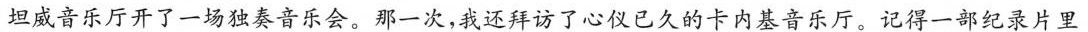
坦威音乐厅开了一场独奏音乐会。那一次，我还拜访了心仪已久的卡内基音乐厅。记得一部纪录片里